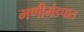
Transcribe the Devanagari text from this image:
मणीमंडपात